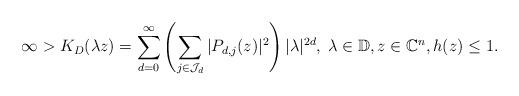
LaTeX: \begin{align*}\infty>K_D(\lambda z)=\sum_{d=0}^{\infty}\left(\sum_{j\in\mathcal J_d}|P_{d,j}(z)|^2\right)|\lambda|^{2d},\;\lambda\in\mathbb D, z\in \mathbb C^n, h(z)\leq 1.\end{align*}